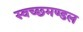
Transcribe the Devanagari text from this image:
स्‍वच्‍छमण्‍डल